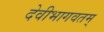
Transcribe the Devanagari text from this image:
देवीभागवतम्